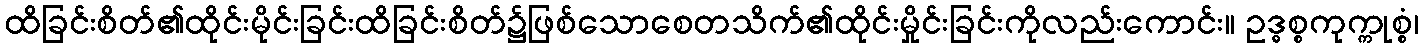
ထိခြင်းစိတ်၏ထိုင်းမိုင်းခြင်းထိခြင်းစိတ်၌ဖြစ်သောစေတသိက်၏ထိုင်းမှိုင်းခြင်းကိုလည်းကောင်း။ ဥဒ္ဓစ္စကုက္ကုစ္စံ၊